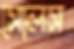
সোলস